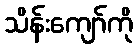
သိန်းကျော်ကို